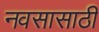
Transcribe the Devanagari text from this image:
नवसासाठी